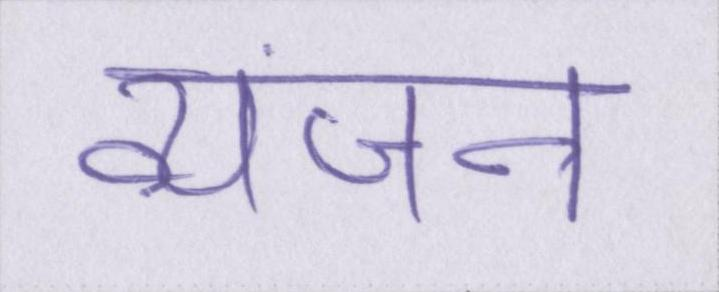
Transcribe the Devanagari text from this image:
व्यंजन